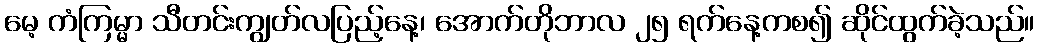
မေ့ ကံကြမ္မာ သီတင်းကျွတ်လပြည့်နေ့၊ အောက်တိုဘာလ ၂၅ ရက်နေ့ကစ၍ ဆိုင်ထွက်ခဲ့သည်။